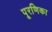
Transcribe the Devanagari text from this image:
पूरणिका